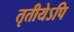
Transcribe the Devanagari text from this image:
तृतीयेऽपि